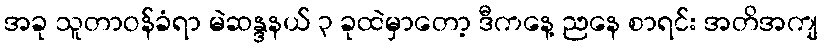
အခု သူတာဝန်ခံရာ မဲဆန္ဒနယ် ၃ ခုထဲမှာတော့ ဒီကနေ့ ညနေ စာရင်း အတိအကျ